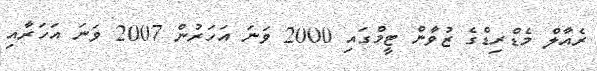
ރެއާލް މެޑްރިޑްގެ ޒުވާން ޓީމްގައި 2000 ވަނަ އަހަރުން 2007 ވަނަ އަހަރާއި